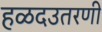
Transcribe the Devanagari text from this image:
हळदउतरणी